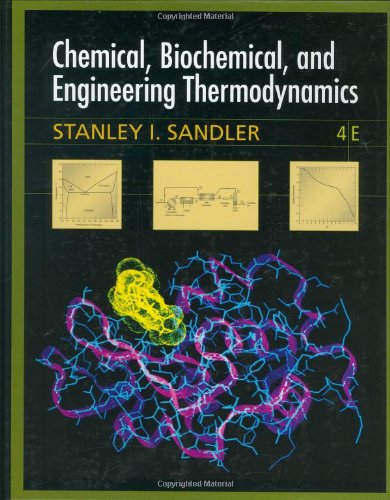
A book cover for Chemical, Biochemical, and Engineering Thermodynamics; Stanley I. Sandler; Engineering & Transportation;